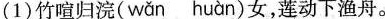
(1)竹喧归浣( wǎn huàn )女，莲动下渔舟。